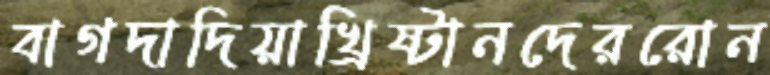
বাগদাদিয়াখ্রিষ্টানদেররোন